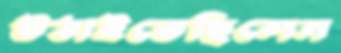
উঠাইতেছিলেন